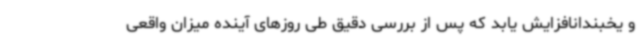
و یخبندانافزایش یابد که پس از بررسی دقیق طی روزهای آینده میزان واقعی